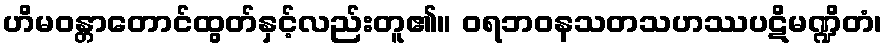
ဟိမဝန္တာတောင်ထွတ်နှင့်လည်းတူ၏။ ဝရဘဝနသတသဟဿပဋိမဏ္ဍိတံ၊